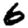
Digit: 6